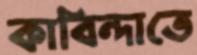
কাবিন্দাতে